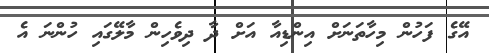
އޭގެ ފަހުން މިހާތަނަށް އިންޑިއާ އަށް ދާ ދިވެހިން މާލޭގައި ހުންނަ އެ